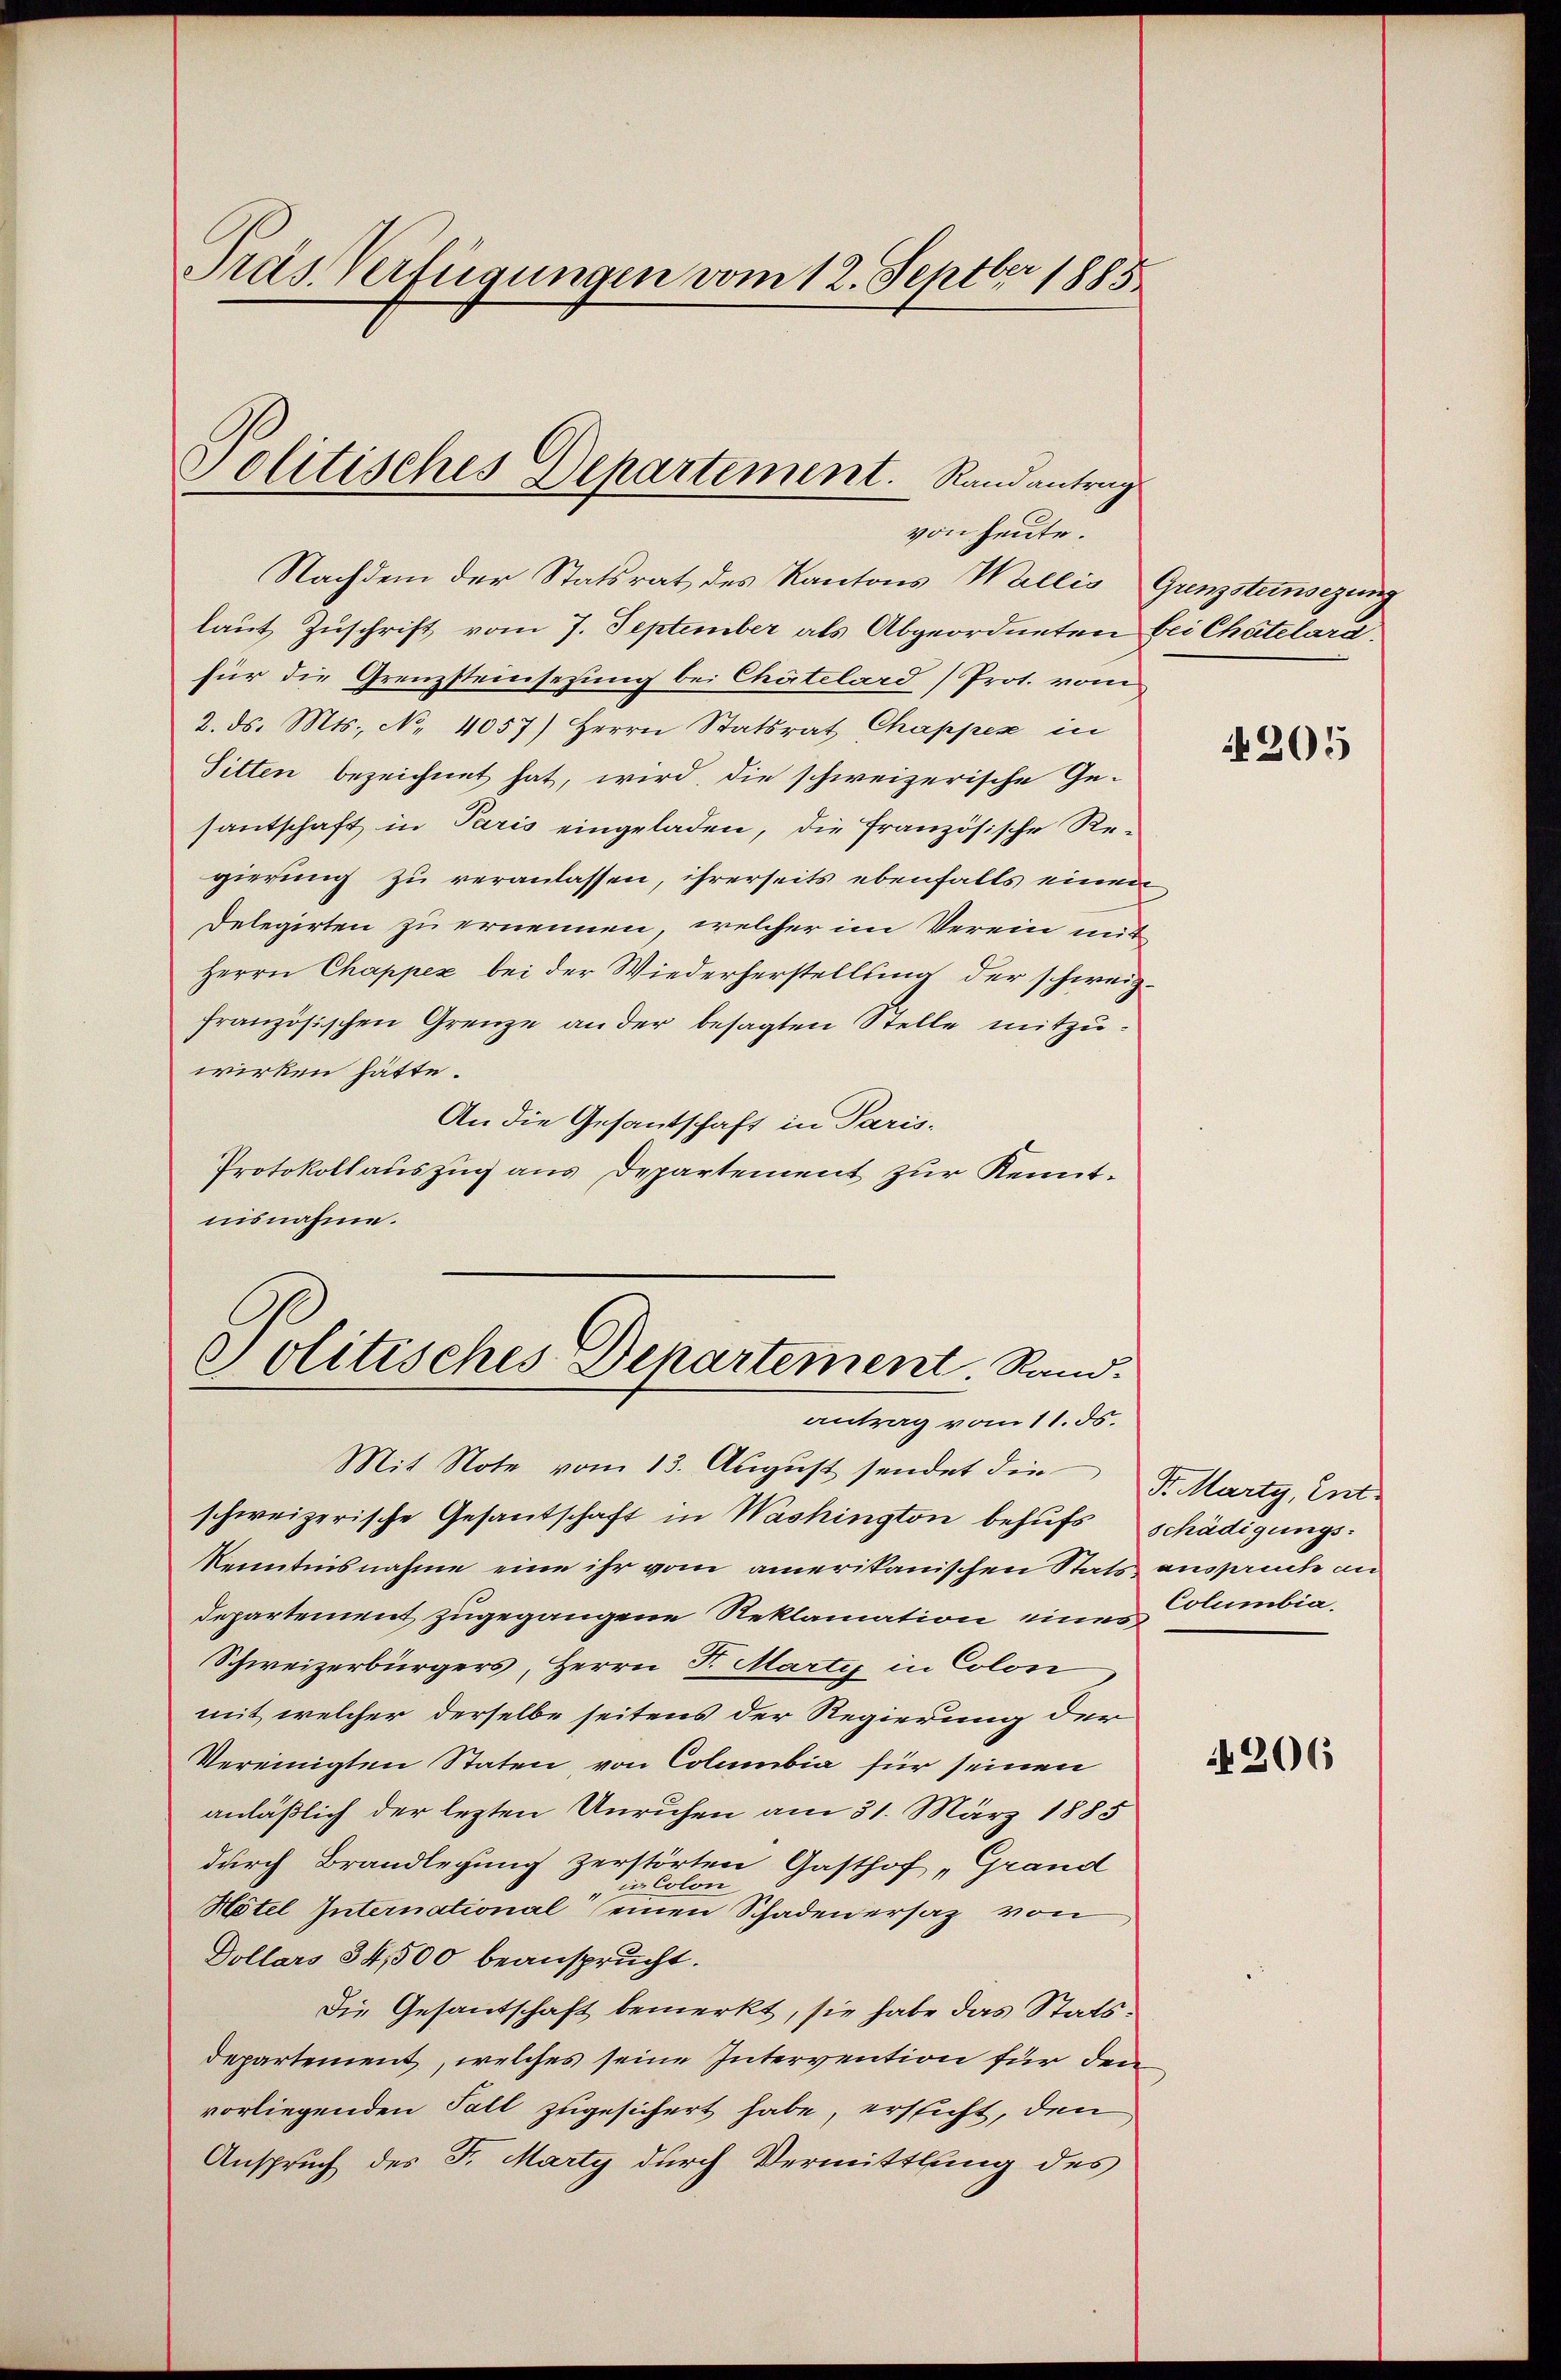
Pras Verfügungen vom 12. Septbr 1885

von heute.
Nachdem der Statsrat des Kantons Wallis Gunzsteinsezung
laut Zuschrift vom 7. September als Abgeordneten bei Chatelard
für die Grenzsteinsetzung bei Chätelard (Prot. vom
2. ds. Mts., No. 4057) Herrn Statsrat Chappen in
Sitten bezeichnet hat, wird die schweizerische Gesantschaft in Paris eingeladen, die französische Regierung zu veranlassen, ihrerseits ebenfalls einen
Delegirten zu ernennen, welcher im Verein mit
Herrn Chappez bei der Wiederherstellsma der schweizfranzösischen Grenze an der besagten Stelle mitzuwirken hätte.
An die Gesantschaft in Paris-
Protokollauszug aus Departement zur Kenntnisnahme.

Politisches Departement. Randantrag

Politisches Departement. Stand.
antrag vom 11. ds.

Mit Note vom 13. August sendet die Sr. Marty, Ent-
schweizerische Gesantschaft in Washington behufs schädigungs¬
Kenntnisnahme eine ihr vom amerikanischen Stats ausspruche an
Departement zugegangene Reklamation eines
Schweizerbürgers, Herrn P. Martis in Colon
mit welcher derselbe seitens der Regierung der
Vereinigten Staten, von Columbia für seinen
anläßlich der lezten Unruhen am 31. März 1885
durch Brandlegung zerstörten Gasthof „Grand
in Colon
Hotel International einen Schaden ersaz von
Dollars 34,500 beansprucht.
Die Gesandschaft bemerkt, sie habe das Statsdepartement, welches seine Intervention für den
vorliegenden Fall zugesichert habe, ersticht, den
Anspruch des Fr. Marty durch Vermittlung des

205

Columbia.

N206